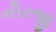
નીરજી